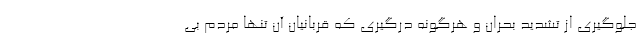
جلوگیری از تشدید بحران و هرگونه درگیری که قربانیان آن تنها مردم بی